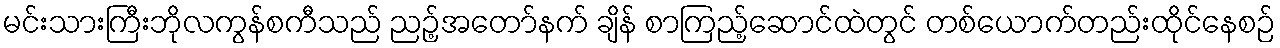
မင်းသားကြီးဘိုလကွန်စကီသည် ညဉ့်အတော်နက် ချိန် စာကြည့်ဆောင်ထဲတွင် တစ်ယောက်တည်းထိုင်နေစဉ်